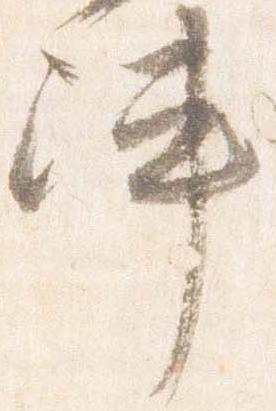
陣